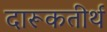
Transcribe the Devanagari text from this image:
दारूकतीर्थ